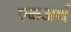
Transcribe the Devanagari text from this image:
एकअर्थ